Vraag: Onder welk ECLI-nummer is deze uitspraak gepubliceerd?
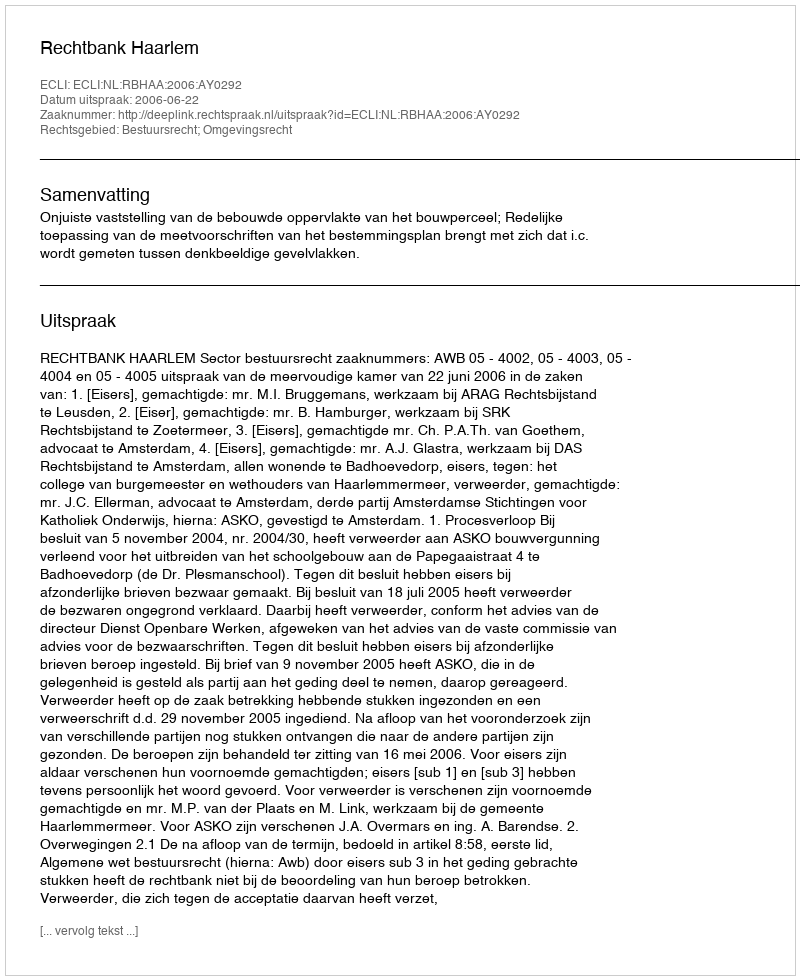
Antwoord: ECLI:NL:RBHAA:2006:AY0292